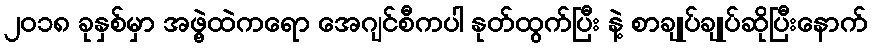
၂၀၁၈ ခုနှစ်မှာ အဖွဲ့ထဲကရော အေဂျင်စီကပါ နုတ်ထွက်ပြီး နဲ့ စာချုပ်ချုပ်ဆိုပြီးနောက်